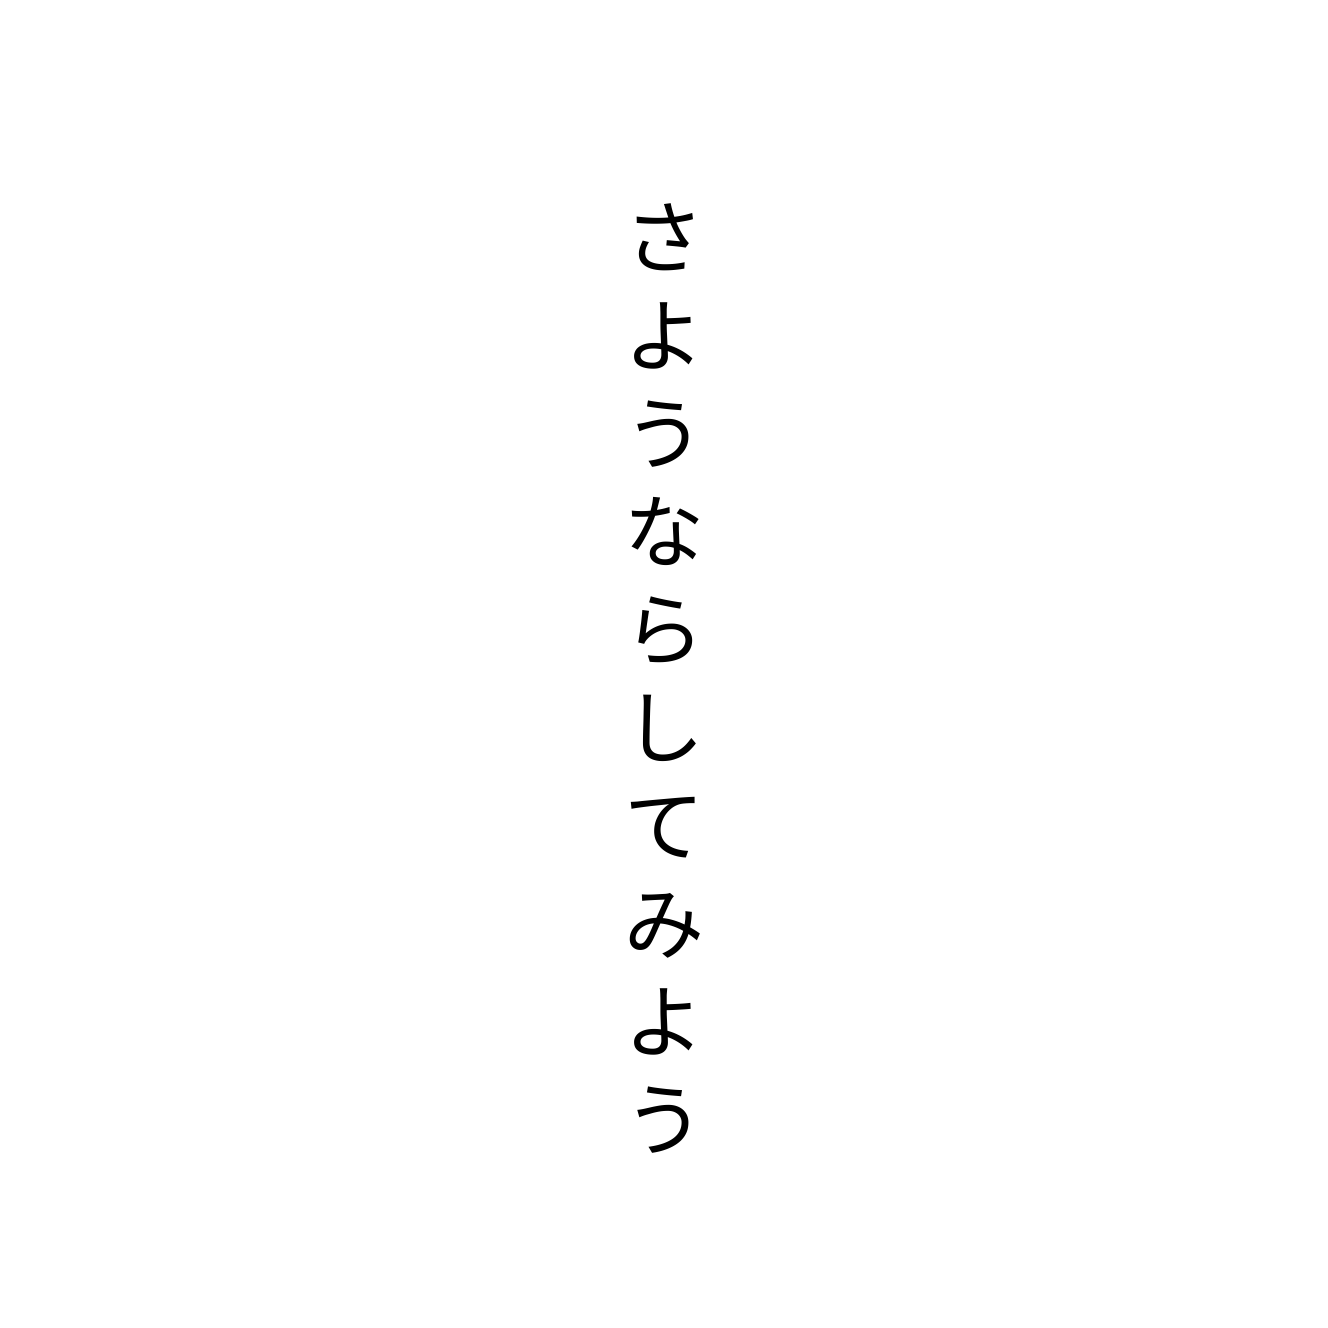
さようならしてみよう